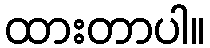
ထားတာပါ။